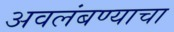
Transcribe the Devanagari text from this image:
अवलंबण्याचा